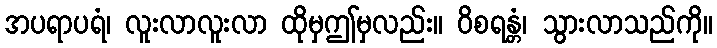
အပရာပရံ၊ လူးလာလူးလာ ထိုမှဤမှလည်း။ ဝိစရန္တံ၊ သွားလာသည်ကို။